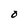
Character: 0